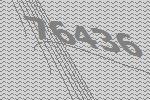
76436